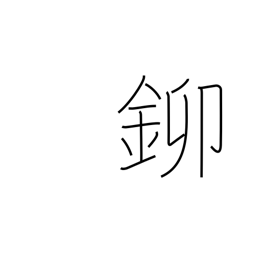
Meaning: gold